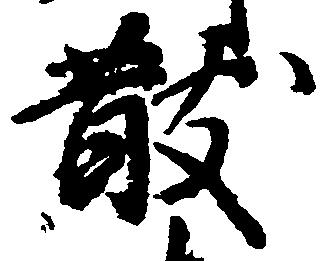
散